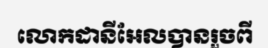
លោកដានីអែលបានរួចពី